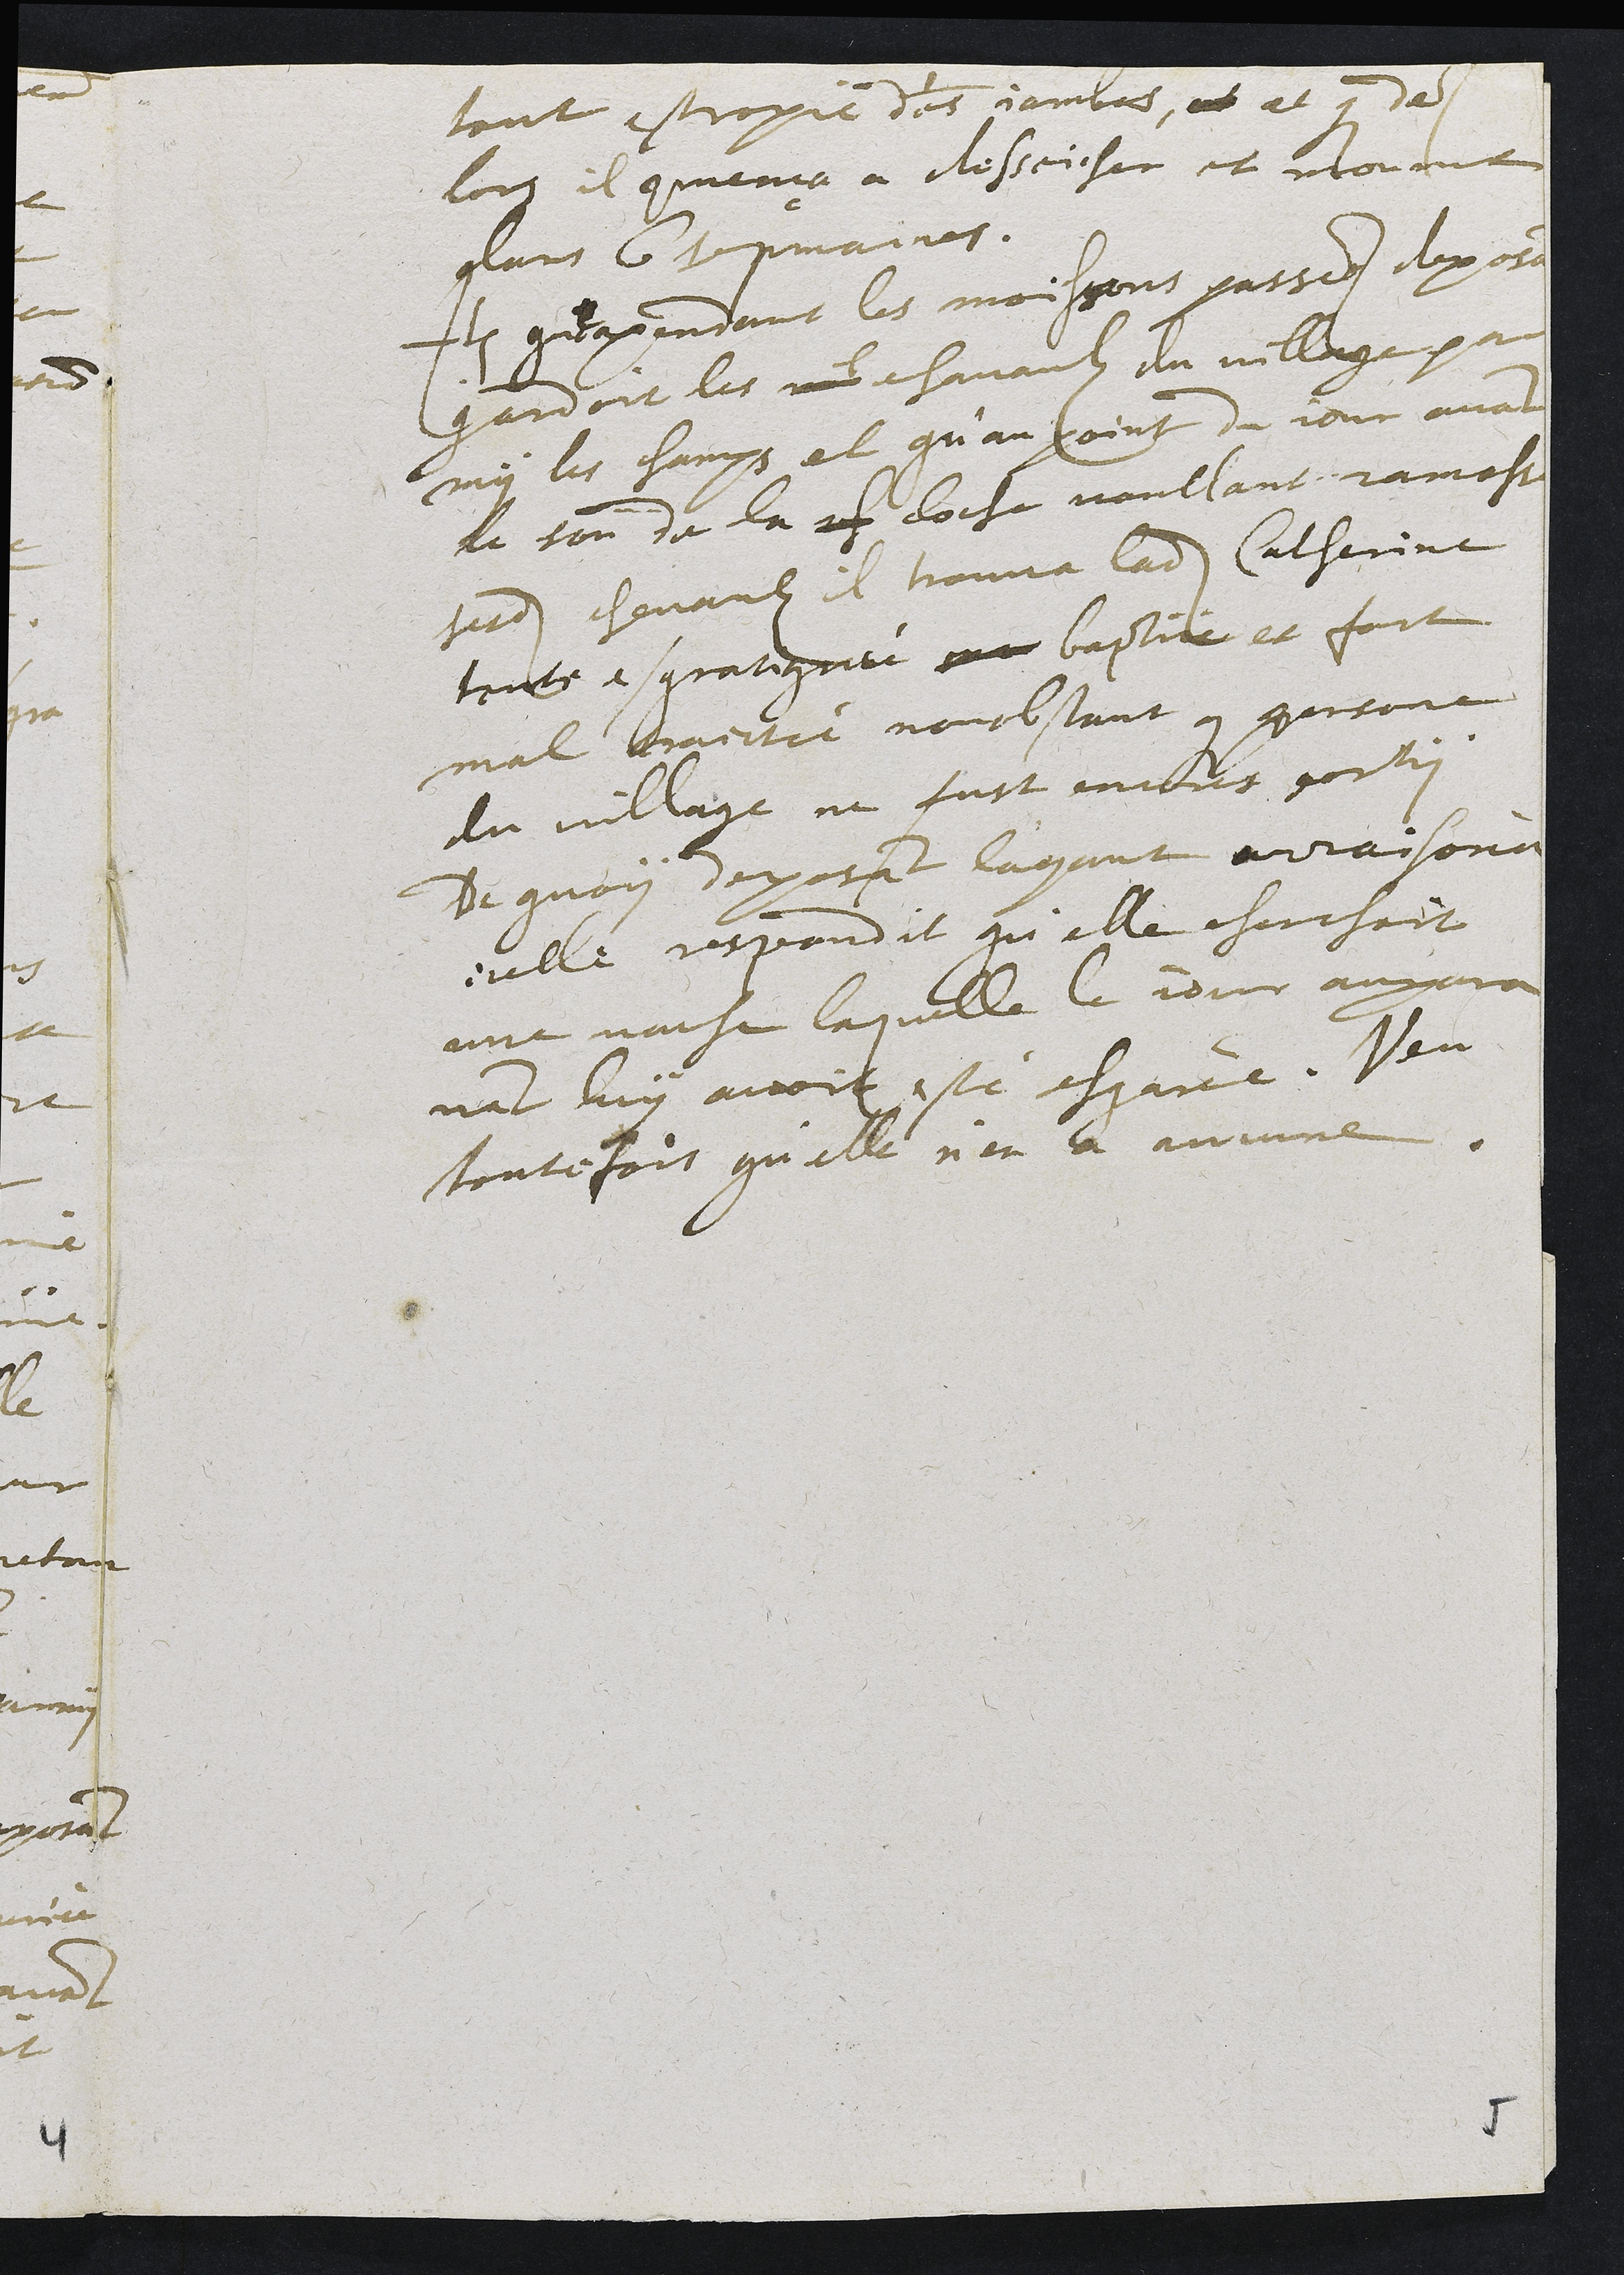
tout estropié des jambes, et et que des
lors il commença a desseicher et mourut
dans 6 sepmaines.
Item que pendant les moissons passees deposant
gardoit les chevaulx du village par
my les champs et qu'au point du jour avant
le son de la ch cloche voullant ramasser
sesdits chevaulx il trouva ladite Catherine
toute esgratignée sur baptue et fort
mal traictée nonobstant que persone
du village ne fust encour sorty
De quoy deposant layant arraisonée
icelle respondit qu'elle cherchoit
une vache laquelle le jour aupara
vant luy avoit esté esgarée. Veu
toutefois qu'elle n'en a aucune.